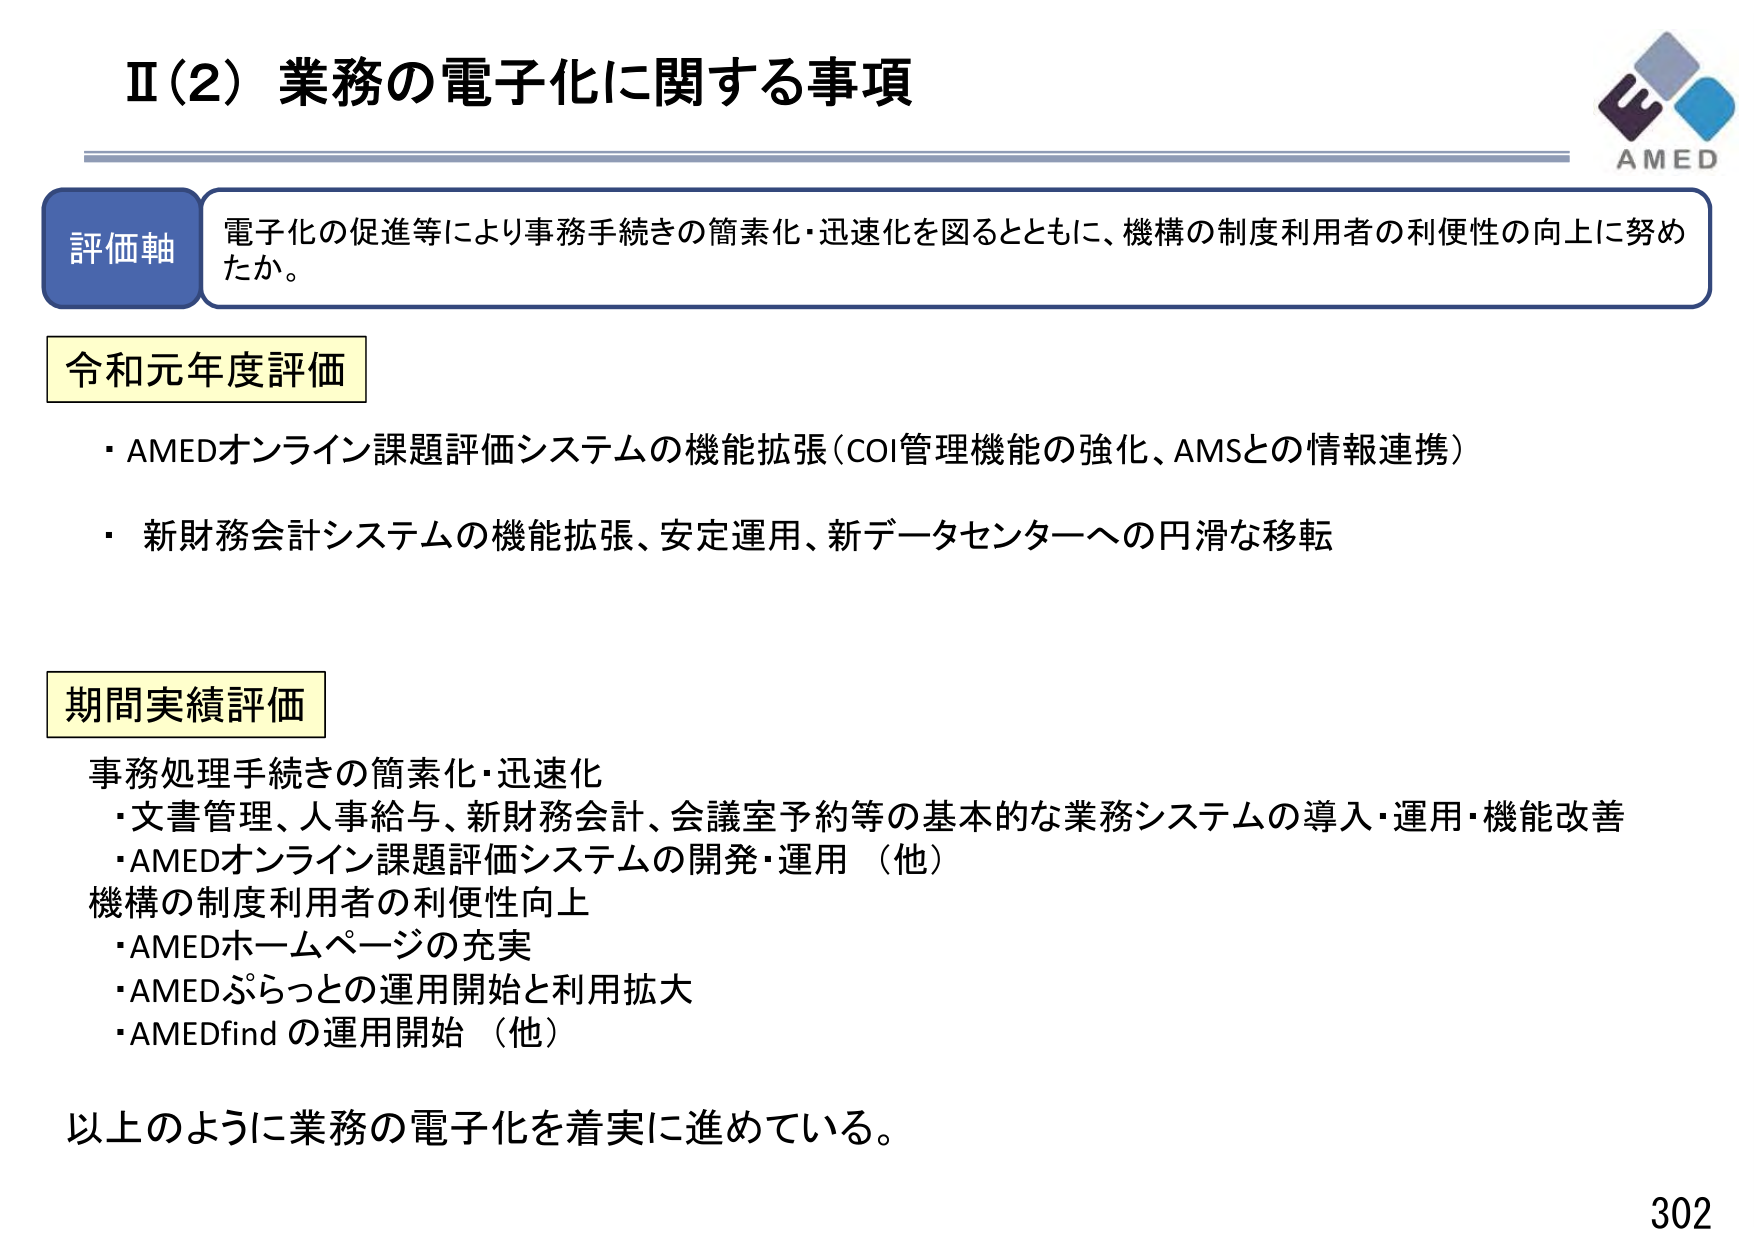
Ⅱ（2）業務の電子化に関する事項

評価軸
電子化の促進等により事務手続きの簡素化・迅速化を図るとともに、機構の制度利用者の利便性の向上に努めたか。

令和元年度評価
・AMEDオンライン課題評価システムの機能拡張（COI管理機能の強化、AMSとの情報連携）
・新財務会計システムの機能拡張、安定運用、新データセンターへの円滑な移転

期間実績評価
事務処理手続きの簡素化・迅速化
・文書管理、人事給与、新財務会計、会議室予約等の基本的な業務システムの導入・運用・機能改善
・AMEDオンライン課題評価システムの開発・運用（他）
機構の制度利用者の利便性向上
・AMEDホームページの充実
・AMEDぷらっとの運用開始と利用拡大
・AMEDfindの運用開始（他）

以上のように業務の電子化を着実に進めている。

302